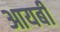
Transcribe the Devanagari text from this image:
आयबी